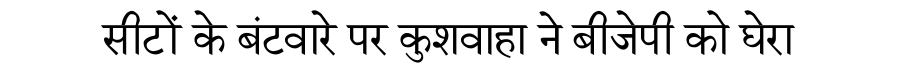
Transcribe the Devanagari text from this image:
सीटों के बंटवारे पर कुशवाहा ने बीजेपी को घेरा